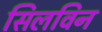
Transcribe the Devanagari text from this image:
सिलविन